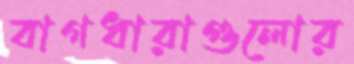
বাগধারাগুলোর